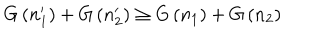
G \left( n _ { 1 } ^ { \prime } \right) + G \left( n _ { 2 } ^ { \prime } \right) \ge G \left( n _ { 1 } \right) + G \left( n _ { 2 } \right)